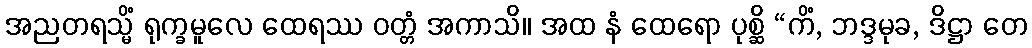
အညတရသ္မိံ ရုက္ခမူလေ ထေရဿ ဝတ္တံ အကာသိ။ အထ နံ ထေရော ပုစ္ဆိ “ကိံ, ဘဒ္ဒမုခ, ဒိဋ္ဌာ တေ